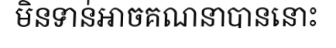
មិនទាន់អាចគណនាបាននោះ